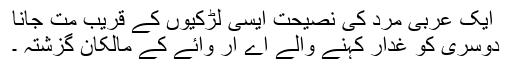
ایک عربی مرد کی نصیحت ایسی لڑکیوں کے قریب مت جانا
دوسری کو غدار کہنے والے اے آر وائے کے مالکان گزشتہ ۔